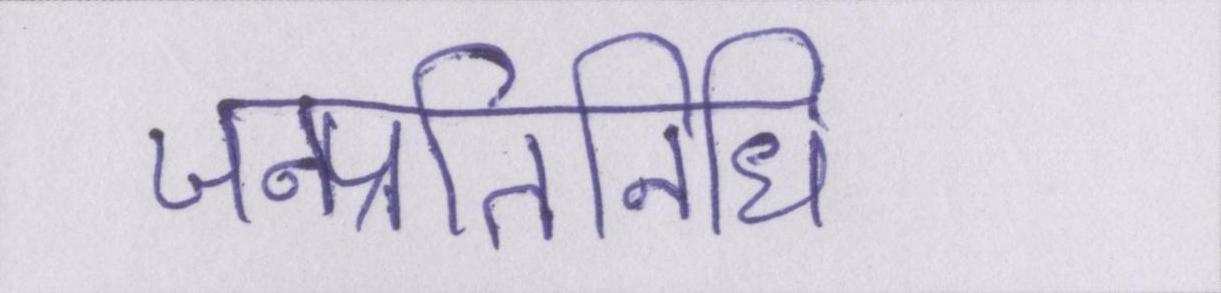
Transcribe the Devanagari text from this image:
जनप्रतिनिधि